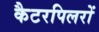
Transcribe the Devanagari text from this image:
कैटरपिलरों